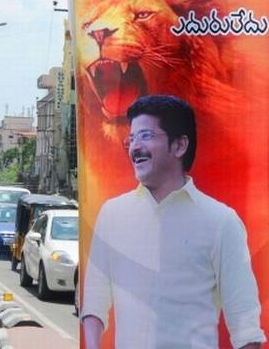
Language: telugu
Transcription: ఎదురులేదు